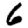
Digit: 6